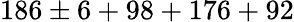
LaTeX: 186\pm 6+98+176+92